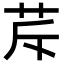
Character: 𦭐